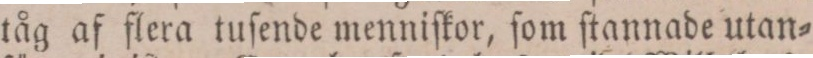
tåg af flera tuſende menniſkor, ſom ſtannade utan=